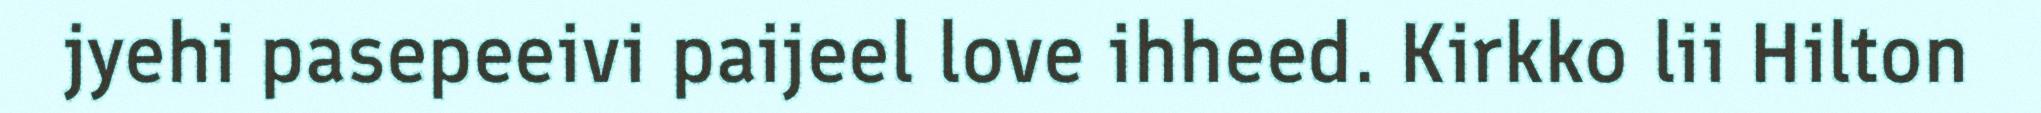
jyehi pasepeeivi paijeel love ihheed. Kirkko lii Hilton